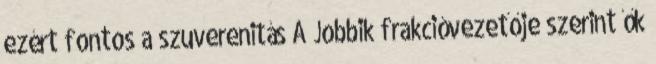
ezért fontos a szuverenitás A Jobbik frakcióvezetője szerint ők